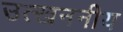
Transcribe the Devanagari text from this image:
उत्खननीय